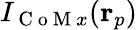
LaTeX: I_{\mathrm{~C~o~M~}x}(\mathbf{r}_{p})